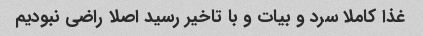
غذا کاملا سرد و بیات و با تاخیر رسید اصلا راضی نبودیم